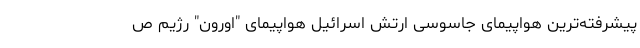
پیشرفته‌ترین هواپیمای جاسوسی ارتش اسرائیل هواپیمای "اورون" رژیم ص